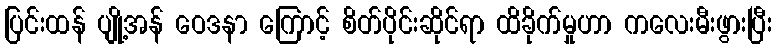
ပြင်းထန် ပျို့အန် ဝေဒနာ ကြောင့် စိတ်ပိုင်းဆိုင်ရာ ထိခိုက်မှုဟာ ကလေးမီးဖွားပြီး